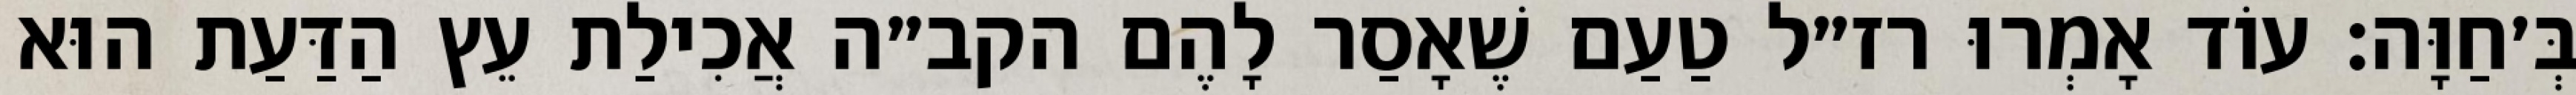
בְּ׳חַוָּה: עוֹד אָמְרוּ רז״ל טַעַם שֶׁאָסַר לָהֶם הקב״ה אֲכִילַת עֵץ הַדַּעַת הוּא